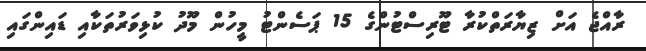
ރާއްޖެ އަށް ޒިޔާރަތްކުރާ ޓޫރިސްޓުންގެ 15 ޕަސެންޓު މީހުން މޫދު ކުޅިވަރުތަކާއި ޑައިންގައި